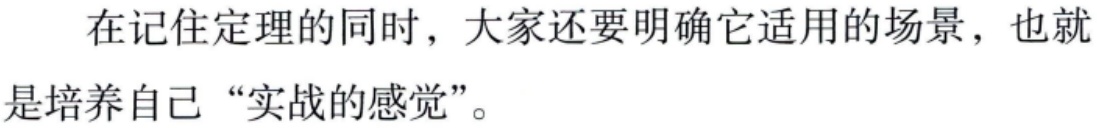
在记住定理的同时，大家还要明确它适用的场景，也就是培养自己“实战的感觉”。